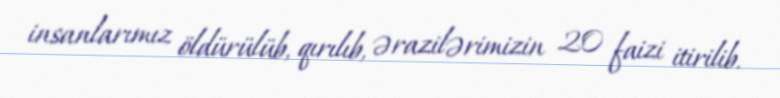
insanlarımız öldürülüb, qırılıb, ərazilərimizin 20 faizi itirilib.